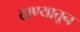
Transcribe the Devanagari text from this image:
ठाण्यातून